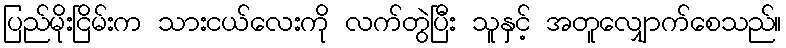
ပြည်မိုးငြိမ်းက သားငယ်လေးကို လက်တွဲပြီး သူနှင့် အတူလျှောက်စေသည်။